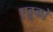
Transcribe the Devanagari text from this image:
एडूकों